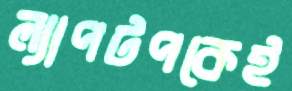
ল্যাপটপকেই